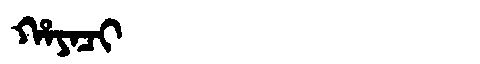
Manchu: ᡥᠠᠶᠠᠴᡳ
Romanization: HAYACI